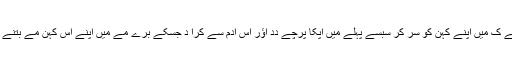
اِسّے پہلے کِ میں اَپنے کہنِ کو سُرُ کرُ سبسے پہلے میں اَپکا پرِچے دِدِ اؤر اُس اَدمِ سے کرا دُ جِسکے برے مے میں اَپنے اِس کہنِ مے بتنے جا رہا ہُ۔